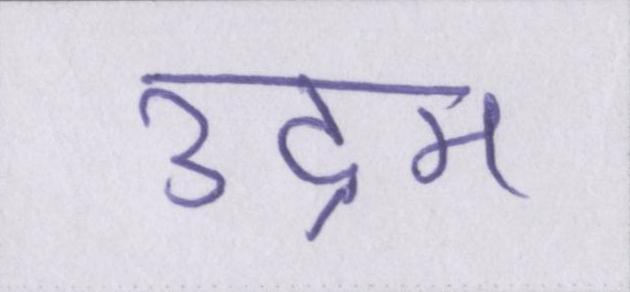
उद्गम